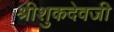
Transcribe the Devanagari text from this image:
श्रीशुकदेवजी